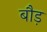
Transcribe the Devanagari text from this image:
बौड़